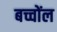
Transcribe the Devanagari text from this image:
बच्चोंल